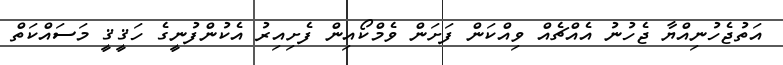
އަތުޖެހުނިއްޔާ ޖެހުނު އެއްޗެއް ވިއްކަން ފަށަން ވެމްކޯއިން ފެށިއިރު އެކުންފުނީގެ ހަޤީޤީ މަސައްކަތް